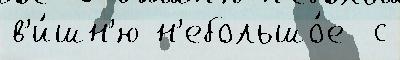
в'и́шн'ю н'ебольшо́е  с